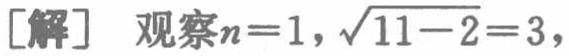
[解] 观察\(n = 1\)，\(\sqrt{11 - 2}=3\)，